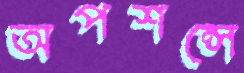
অপশন্সে